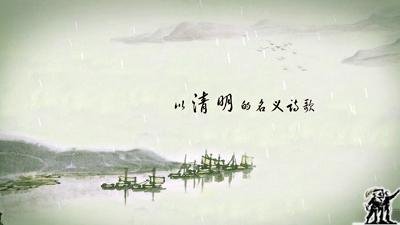
曲岸持觞，垂杨系马，此地曾经别。